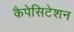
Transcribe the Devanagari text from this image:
कैपेसिटेशन